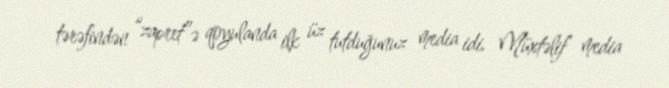
tərəfindən “zapret”ə qoyulanda ilk üz tutduğunuz media idi. Müxtəlif media